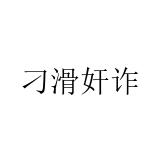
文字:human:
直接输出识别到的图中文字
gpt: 刁滑奸诈